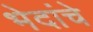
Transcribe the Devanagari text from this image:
भेदांचे